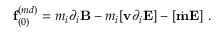
{ \bf f } _ { ( 0 ) } ^ { ( m d ) } = m _ { i } \partial _ { i } { \bf B } - m _ { i } [ { \bf v } \partial _ { i } { \bf E } ] - [ \dot { \bf m } { \bf E } ] \ .